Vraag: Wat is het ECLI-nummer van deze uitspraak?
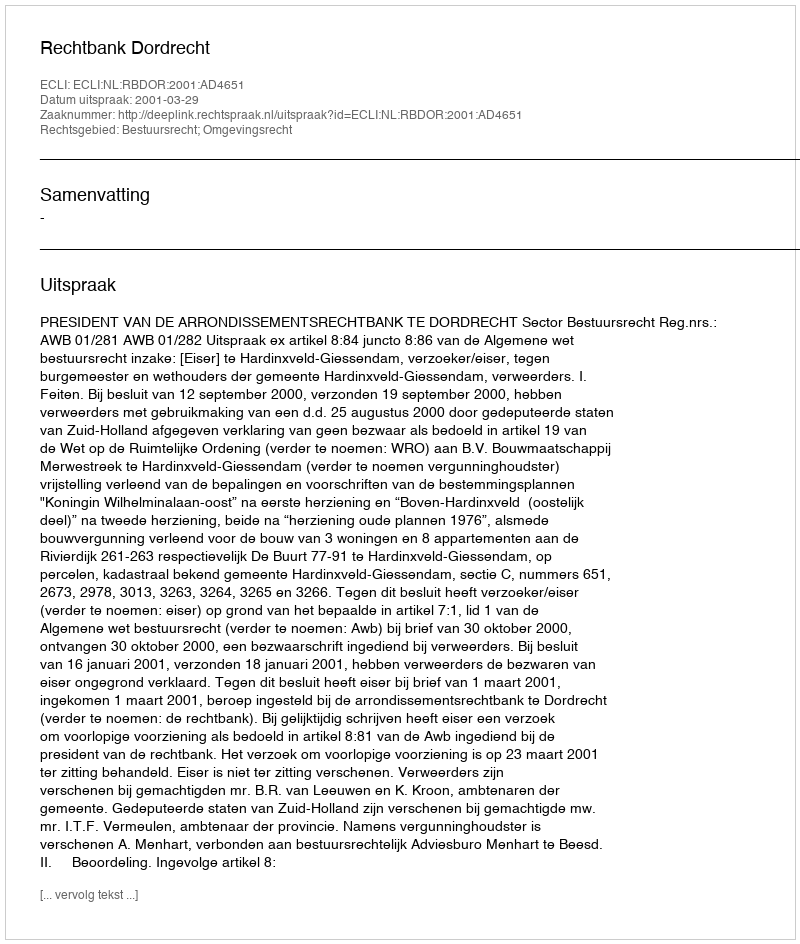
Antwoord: ECLI:NL:RBDOR:2001:AD4651